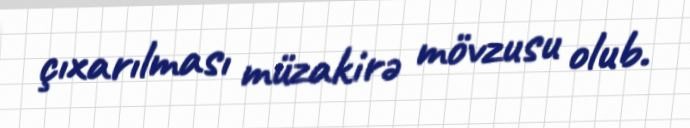
çıxarılması müzakirə mövzusu olub.